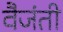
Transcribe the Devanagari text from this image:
वैजंती